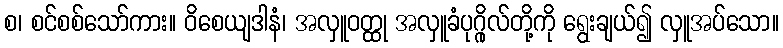
စ၊ စင်စစ်သော်ကား။ ဝိစေယျဒါနံ၊ အလှူဝတ္ထု အလှူခံပုဂ္ဂိုလ်တို့ကို ရွေးချယ်၍ လှူအပ်သော။